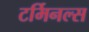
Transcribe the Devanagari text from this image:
टर्मिनल्‍स